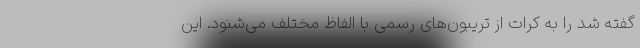
گفته شد را به کرات از تریبون‌های رسمی با الفاظ مختلف می‌شنود. این